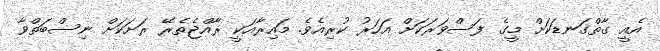
އެއީ ގާތްގަނޑަކަށް މީގެ ފަސްވަރަކަށް އަހަރު ކުރިއެވެ. މައިރާއަކީ ރާއްޖެތެރޭ ރަށަކަށް ނިސްބަތްވާ